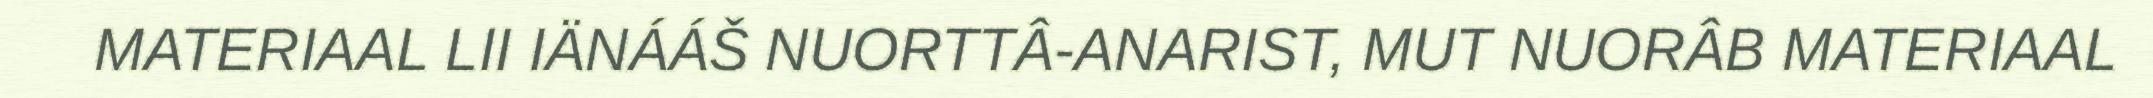
MATERIAAL LII IÄNÁÁŠ NUORTTÂ-ANARIST, MUT NUORÂB MATERIAAL